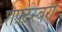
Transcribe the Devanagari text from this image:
शैफ़्टस्बरी